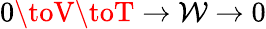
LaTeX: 0\toV\toT\to\mathcal{W}\to0